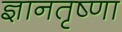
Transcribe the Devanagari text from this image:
ज्ञानतृष्णा